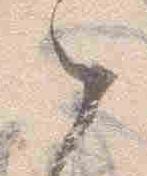
之